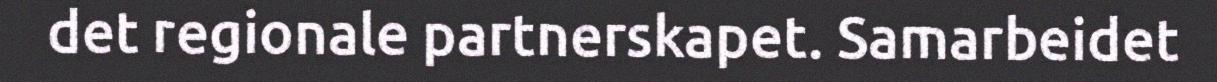
det regionale partnerskapet. Samarbeidet